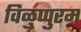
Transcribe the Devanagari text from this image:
विळुप्पुरम